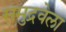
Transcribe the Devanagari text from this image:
समुद्रवेला